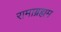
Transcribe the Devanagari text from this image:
रामाब्रह्मम